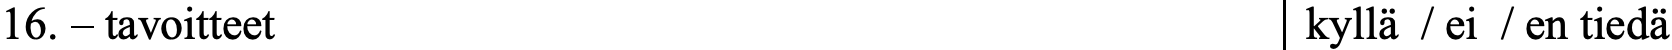
16. – tavoitteet                           kyllä / ei / en tiedä